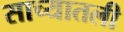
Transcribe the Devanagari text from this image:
साच्यातली